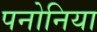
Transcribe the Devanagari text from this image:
पनोनिया